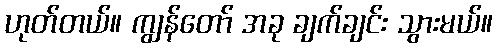
ဟုတ်တယ်။ ကျွန်တော် အခု ချက်ချင်း သွားမယ်။